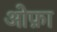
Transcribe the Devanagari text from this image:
ओफ़ा